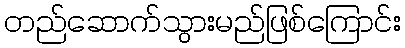
တည်ဆောက်သွားမည်ဖြစ်ကြောင်း